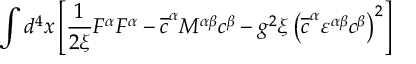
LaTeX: \int d ^ { 4 } x \left[ \frac { 1 } { 2 \xi } F ^ { \alpha } F ^ { \alpha } - \overline { { { c } } } ^ { \alpha } M ^ { \alpha \beta } c ^ { \beta } - g ^ { 2 } \xi \left( \overline { { { c } } } ^ { \alpha } \varepsilon ^ { \alpha \beta } c ^ { \beta } \right) ^ { 2 } \right]